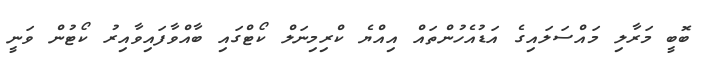
ބޮބީ މަރާލި މައްސަލައިގެ އަޑުއެހުންތައް އިއްޔެ ކްރިމިނަލް ކޯޓްގައި ބާއްވާފައިވާއިރު ކޯޓުން ވަނީ